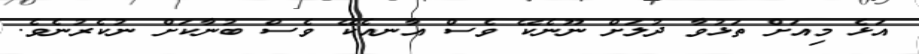
އަޅެ މިއަށް ތަޅުވާ ދުލަށް ނޫނެކޭ ވެސް އާނއެކޭ ވެސް ބުނާކަށް ނުކެރުނެވެ.